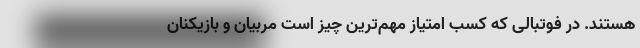
هستند. در فوتبالی که کسب امتیاز مهم‌ترین چیز است مربیان و بازیکنان